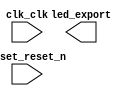

module superOS (
	clk_clk,
	led_export,
	reset_reset_n);	

	input		clk_clk;
	output	[7:0]	led_export;
	input		reset_reset_n;
endmodule